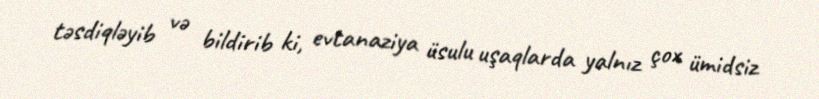
təsdiqləyib və bildirib ki, evtanaziya üsulu uşaqlarda yalnız çox ümidsiz